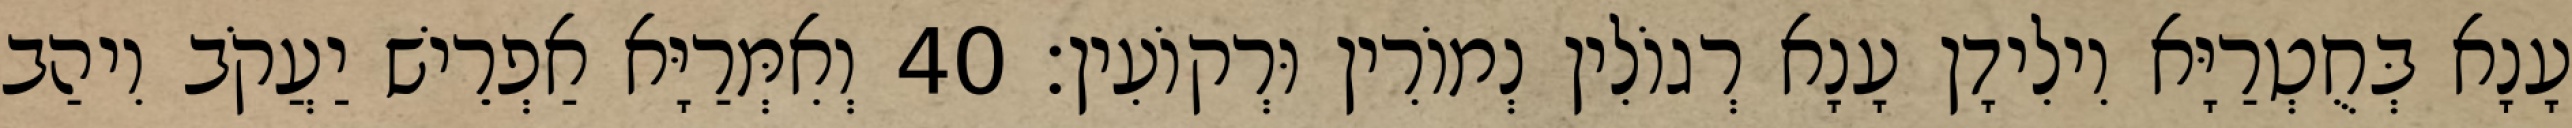
עָנָא בְּחֻטְרַיָּא וִילִידָן עָנָא רְגוֹלִין נְמוֹרִין וּרְקוֹעִין׃ 40 וְאִמְּרַיָּא אַפְרֵישׁ יַעֲקֹב וִיהַב